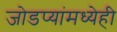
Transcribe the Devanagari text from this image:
जोडप्यांमध्येही